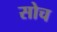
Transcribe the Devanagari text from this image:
सोच